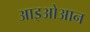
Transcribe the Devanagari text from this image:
आइओआन